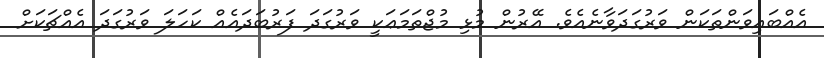
އެއްބައިވަންތަކަން ވަރުގަދަވާނެއެވެ. އޭރުން މުޅި މުޖްތަމަޢަކީ ވަރުގަދަ ފަރުބަދައެއް ކަހަލަ ވަރުގަދަ އެއްޗަކަށް